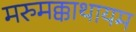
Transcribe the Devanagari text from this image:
मरुमक्काथायम